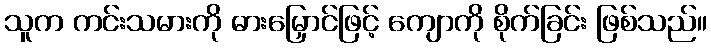
သူက ကင်းသမားကို ဓားမြှောင်ဖြင့် ကျောကို စိုက်ခြင်း ဖြစ်သည်။